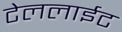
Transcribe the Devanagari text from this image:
टेललाईट